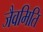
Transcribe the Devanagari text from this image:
जैवमिति